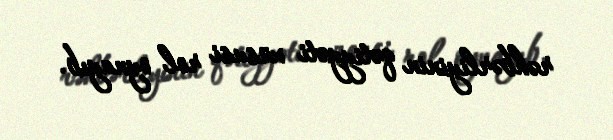
rəhbərliyinin qətiyyəti xüsusi rol oynayıb.